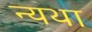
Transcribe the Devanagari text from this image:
न्यथा